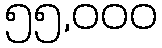
၅၅,၀၀၀